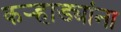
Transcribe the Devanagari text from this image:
कऱ्हाड्यांना